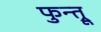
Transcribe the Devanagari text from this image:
फुन्त्रू